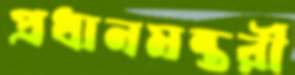
প্রধানমন্তর্রী